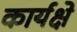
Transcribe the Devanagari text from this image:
कार्यक्षे